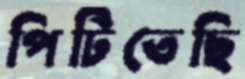
পিটিতেছি